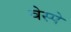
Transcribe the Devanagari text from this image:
वेस्पे